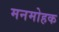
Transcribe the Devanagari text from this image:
मनमोहक